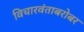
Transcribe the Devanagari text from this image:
विचारवंताबरोबर